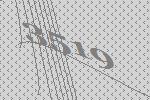
3519